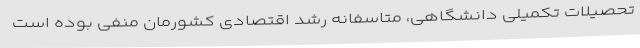
تحصیلات تکمیلی دانشگاهی، متاسفانه رشد اقتصادی کشورمان منفی بوده است